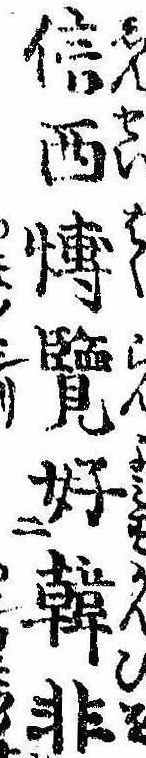
信西愽覧好韓非